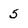
Character: 5